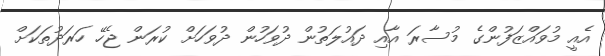
އެއީ މުވައްޒަފުންގެ މުސާރަ އާއި ދައުލަތުން ދުވަހުން ދުވަހަށް ކުރަން ޖެހޭ ހަރަދުތަކަށް